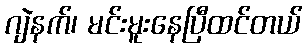
ဂျဲနက်၊ မင်းမူးနေပြီထင်တယ်